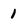
Character: 1